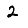
Digit: 2